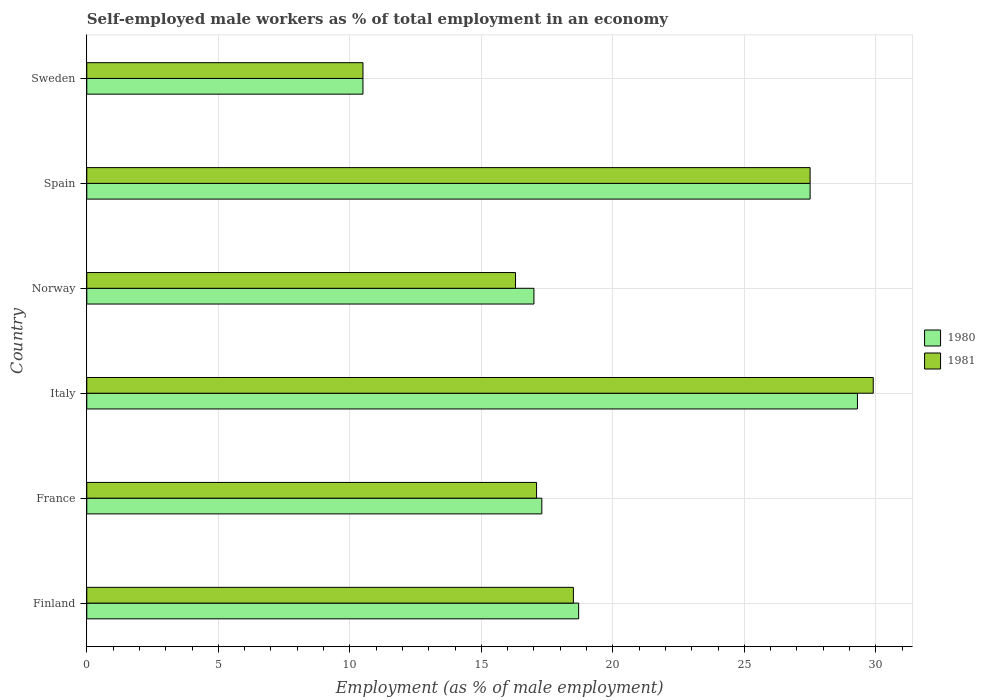
| Country | 1980 | 1981 |
 | --- | --- | --- |
 | Finland | 18.7 | 18.5 |
 | France | 17.3 | 17.1 |
 | Italy | 29.3 | 29.9 |
 | Norway | 17 | 16.3 |
 | Spain | 27.5 | 27.5 |
 | Sweden | 10.5 | 10.5 |